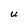
Character: U